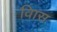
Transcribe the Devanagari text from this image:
विास